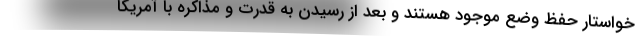
خواستار حفظ وضع موجود هستند و بعد از رسیدن به قدرت و مذاکره با آمریکا